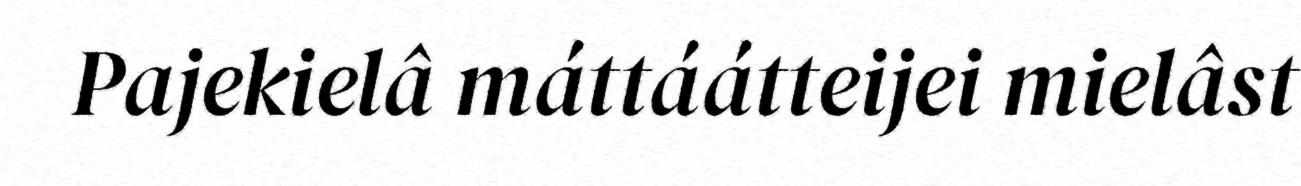
Pajekielâ máttáátteijei mielâst